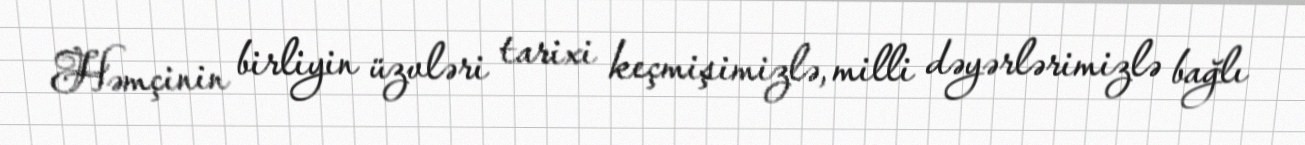
Həmçinin birliyin üzvləri tarixi keçmişimizlə, milli dəyərlərimizlə bağlı